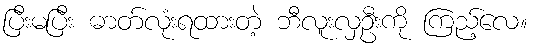
ပြီးမပြီး ဓာတ်လုံးရထားတဲ့ ဘီလူးလှဦးကို ကြည့်လေ။